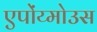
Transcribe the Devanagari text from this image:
एपोंय्मोउस